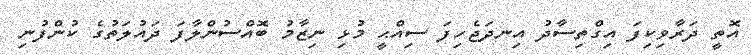
އޮތީ ދަރާވިކިފަ އިގްތިސާދު އިނދަޖެހިފަ ސިއްޙީ މުޅި ނިޒާމު ބޮއްސުންލާފަ ދައުލަތުގެ ކުންފުނި